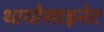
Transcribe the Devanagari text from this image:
थायोसाइनेट